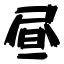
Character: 昼